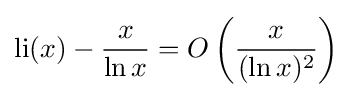
\operatorname {li} (x)-{\frac {x}{\ln x}}=O\left({\frac {x}{(\ln x)^{2}}}\right)